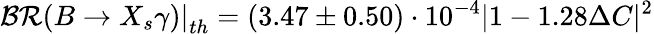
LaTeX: \mathcal{BR}\left.(B\rightarrow X_{s}\gamma)\right|_{th}=(3.47\pm 0.50)\cdot 10^{-4}|1-1.28\Delta C|^{2}